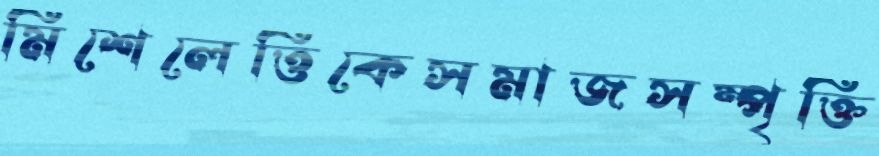
মিশেলেত্তিকেসমাজসম্পৃক্তি